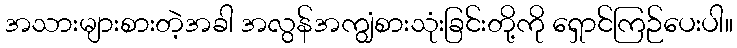
အသားများစားတဲ့အခါ အလွန်အကျွံစားသုံးခြင်းတို့ကို ရှောင်ကြဉ်ပေးပါ။